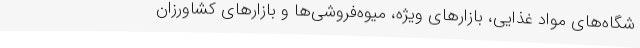
شگاه‌های مواد غذایی، بازارهای ویژه، میوه‌فروشی‌ها و بازار‌های کشاورزان